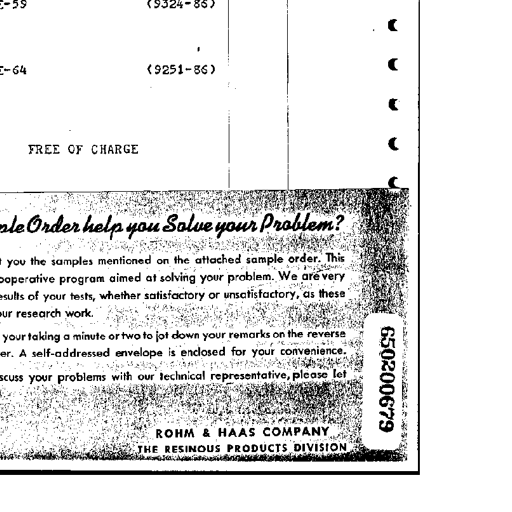
-59 (9324-86)
-64 (9251-86)
FREE OF CHARGE
Order help you Solve your Problem?
you the samples mentioned on the attached sample order. This
operative program aimed at solving your problem. We are very
results of your tests, whether satisfactory or unsatisfactory, as these
our research work.
your taking a minute or two to jot down your remarks on the reverse
er. A self-addressed envelope is enclosed for your convenience.
scuss your problems with our technical representative, please let
ROHM & HAAS COMPANY
THE RESINOUS PRODUCTS DIVISION
650200679